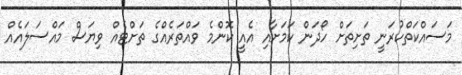
މަސައްކަތްކުރަނީ ތަށިތަށް ހޯދަން ކަމަށާއި އެއީ ކޮންމެ ވައްތަރެއްގެ ތަށްޓެއް ވިޔަސް މައްސަލައެއް